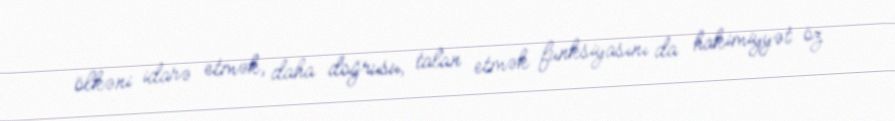
ölkəni idarə etmək, daha doğrusu, talan etmək funksiyasını da hakimiyyət öz